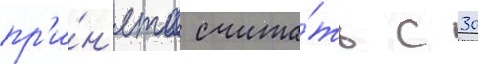
пр'и́н'ято счита́ть с 30